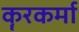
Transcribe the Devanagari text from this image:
कॄरकर्मा